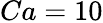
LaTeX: Ca=10